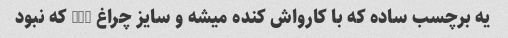
یه برچسب ساده که با کارواش کنده میشه و سایز چراغ 206 که نبود